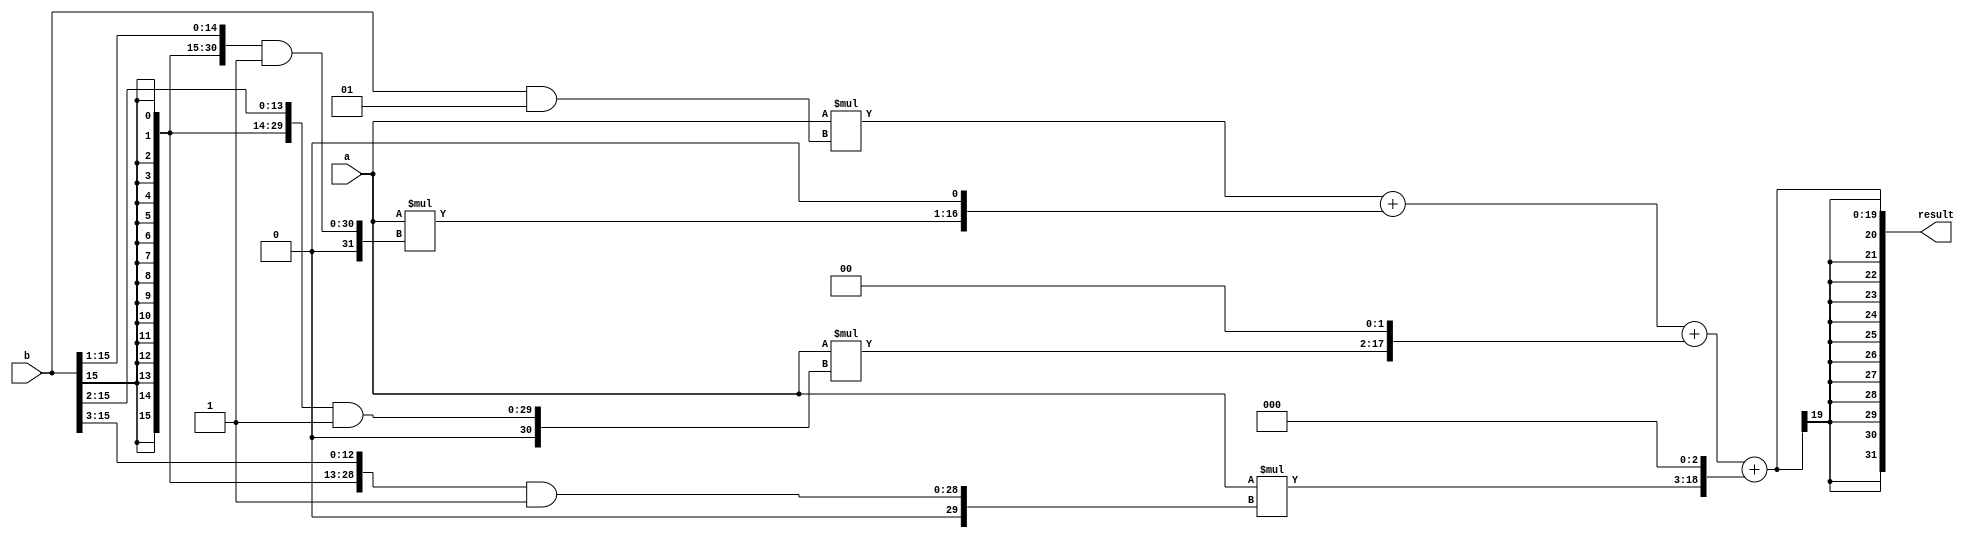
module shift_and_add_multiplier(
    input signed [15:0] a,
    input signed [15:0] b,
    output reg signed [31:0] result
);

reg signed [15:0] partial_product_0, partial_product_1, partial_product_2, partial_product_3;
reg signed [31:0] sum;

always @* begin
    partial_product_0 = a * (b & 1);
    partial_product_1 = a * ((b >> 1) & 1);
    partial_product_2 = a * ((b >> 2) & 1);
    partial_product_3 = a * ((b >> 3) & 1);
    
    sum = partial_product_0 + (partial_product_1 << 1) + (partial_product_2 << 2) + (partial_product_3 << 3);
end

assign result = sum;

endmodule